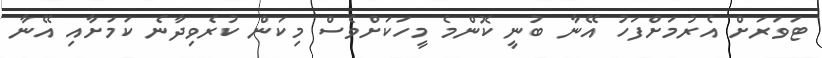
ޓަވަރަށް އެރުމަށްފަހު އޭނާ ބުނީ ކޮންމެ މީހަކަށްވެސް މިކަން ކުރެވިދާނެ ކަމަށާއި އޭނާ